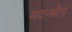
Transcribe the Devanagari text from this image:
मदनवेग